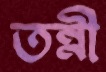
তন্নী